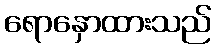
ရောနှောထားသည်